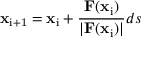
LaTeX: \mathbf { x } _ { \mathrm { i + 1 } } = \mathbf { x } _ { \mathrm { i } } + { \frac { \mathbf { F } ( \mathbf { x } _ { \mathrm { i } } ) } { | \mathbf { F } ( \mathbf { x } _ { \mathrm { i } } ) | } } d s